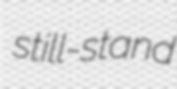
still-stand